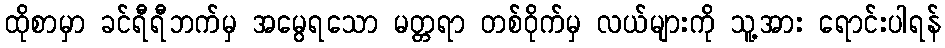
ထိုစာမှာ ခင်ရီရီဘက်မှ အမွေရသော မတ္တရာ တစ်ဝိုက်မှ လယ်များကို သူ့အား ရောင်းပါရန်